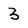
Character: 3